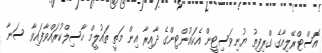
އޮސްޓްރޭލިއާގެ ގްރިފިތު ޔުނިވަސިޓީން އެކައުންޓިންގެ ދާއިރާ އިން މަތީ ތައުލީމް ހާސިލްކުރައްވާފައިވާ ސަނާ